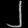
Digit: ၂